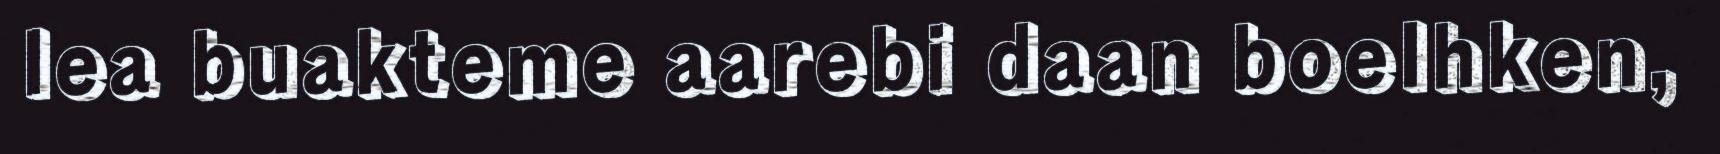
lea buakteme aarebi daan boelhken,